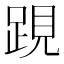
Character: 𨁍